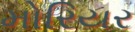
મોરિયર